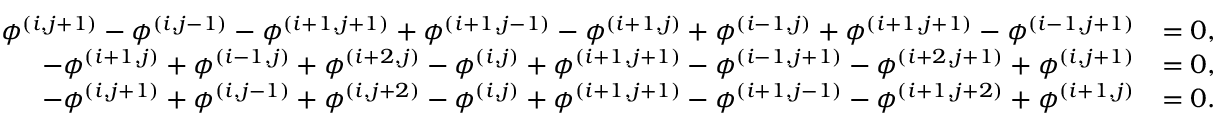
\begin{array} { r l } { \phi ^ { ( i , j + 1 ) } - \phi ^ { ( i , j - 1 ) } - \phi ^ { ( i + 1 , j + 1 ) } + \phi ^ { ( i + 1 , j - 1 ) } - \phi ^ { ( i + 1 , j ) } + \phi ^ { ( i - 1 , j ) } + \phi ^ { ( i + 1 , j + 1 ) } - \phi ^ { ( i - 1 , j + 1 ) } } & { = 0 , } \\ { - \phi ^ { ( i + 1 , j ) } + \phi ^ { ( i - 1 , j ) } + \phi ^ { ( i + 2 , j ) } - \phi ^ { ( i , j ) } + \phi ^ { ( i + 1 , j + 1 ) } - \phi ^ { ( i - 1 , j + 1 ) } - \phi ^ { ( i + 2 , j + 1 ) } + \phi ^ { ( i , j + 1 ) } } & { = 0 , } \\ { - \phi ^ { ( i , j + 1 ) } + \phi ^ { ( i , j - 1 ) } + \phi ^ { ( i , j + 2 ) } - \phi ^ { ( i , j ) } + \phi ^ { ( i + 1 , j + 1 ) } - \phi ^ { ( i + 1 , j - 1 ) } - \phi ^ { ( i + 1 , j + 2 ) } + \phi ^ { ( i + 1 , j ) } } & { = 0 . } \end{array}